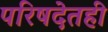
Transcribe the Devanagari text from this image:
परिषदेतही